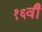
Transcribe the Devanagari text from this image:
१६वीँ